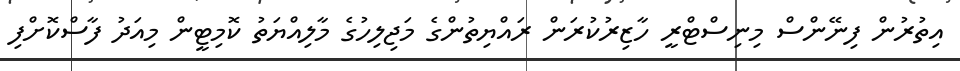
އިތުރުން ފިނޭންސް މިނިސްޓްރީ ހާޒިރުކުރަން ރައްޔިތުންގެ މަޖިލިހުގެ މާލިއްޔަތު ކޮމިޓީން މިއަދު ފާސްކޮށްފި